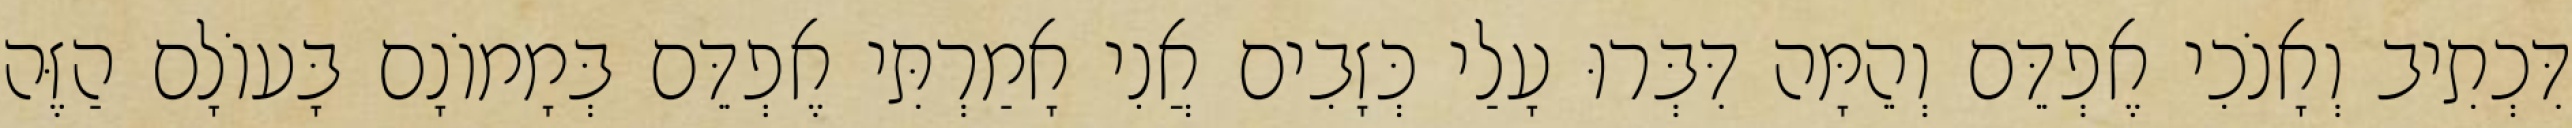
דִּכְתִיב וְאָנֹכִי אֶפְדֵּם וְהֵמָּה דִּבְּרוּ עָלַי כְּזָבִים אֲנִי אָמַרְתִּי אֶפְדֵּם בְּמָמוֹנָם בָּעוֹלָם הַזֶּה